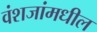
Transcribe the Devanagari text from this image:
वंशजांमधील